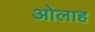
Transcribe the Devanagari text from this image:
ओलाह